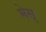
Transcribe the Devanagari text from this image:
मेसु